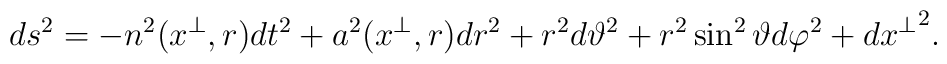
ds^2=-n^2(x^\perp,r)dt^2+a^2(x^\perp,r)dr^2+r^2d\vartheta^2+r^2\sin^2\vartheta d\varphi^2+d{x^\perp}^2.